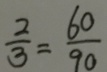
\frac { 2 } { 3 } = \frac { 6 0 } { 9 0 }